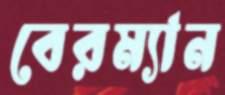
বেরম্যান